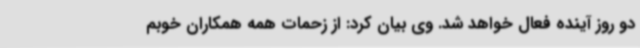
دو روز آینده فعال خواهد شد. وی بیان کرد: از زحمات همه همکاران خوبم